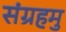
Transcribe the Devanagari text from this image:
संग्रहमु